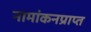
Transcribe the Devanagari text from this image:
नामांकनप्राप्त